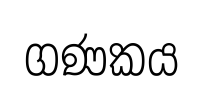
ගණකය